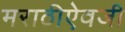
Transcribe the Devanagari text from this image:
मराठीऐवजी